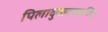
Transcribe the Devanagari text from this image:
पिलावुळ्ळकण्टि